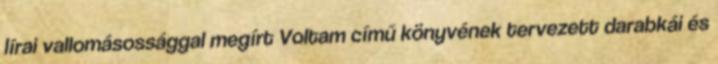
lírai vallomásossággal megírt Voltam című könyvének tervezett darabkái és